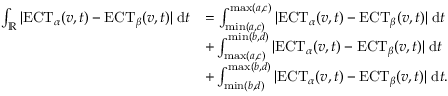
\begin{array} { r l } { \int _ { \mathbb { R } } | \mathrm { E C T } _ { \alpha } ( v , t ) - \mathrm { E C T } _ { \beta } ( v , t ) | \; \mathrm { d } t } & { = \int _ { \operatorname* { m i n } ( a , c ) } ^ { \operatorname* { m a x } ( a , c ) } | \mathrm { E C T } _ { \alpha } ( v , t ) - \mathrm { E C T } _ { \beta } ( v , t ) | \; \mathrm { d } t } \\ & { + \int _ { \operatorname* { m a x } ( a , c ) } ^ { \operatorname* { m i n } ( b , d ) } | \mathrm { E C T } _ { \alpha } ( v , t ) - \mathrm { E C T } _ { \beta } ( v , t ) | \; \mathrm { d } t } \\ & { + \int _ { \operatorname* { m i n } ( b , d ) } ^ { \operatorname* { m a x } ( b , d ) } | \mathrm { E C T } _ { \alpha } ( v , t ) - \mathrm { E C T } _ { \beta } ( v , t ) | \; \mathrm { d } t . } \end{array}